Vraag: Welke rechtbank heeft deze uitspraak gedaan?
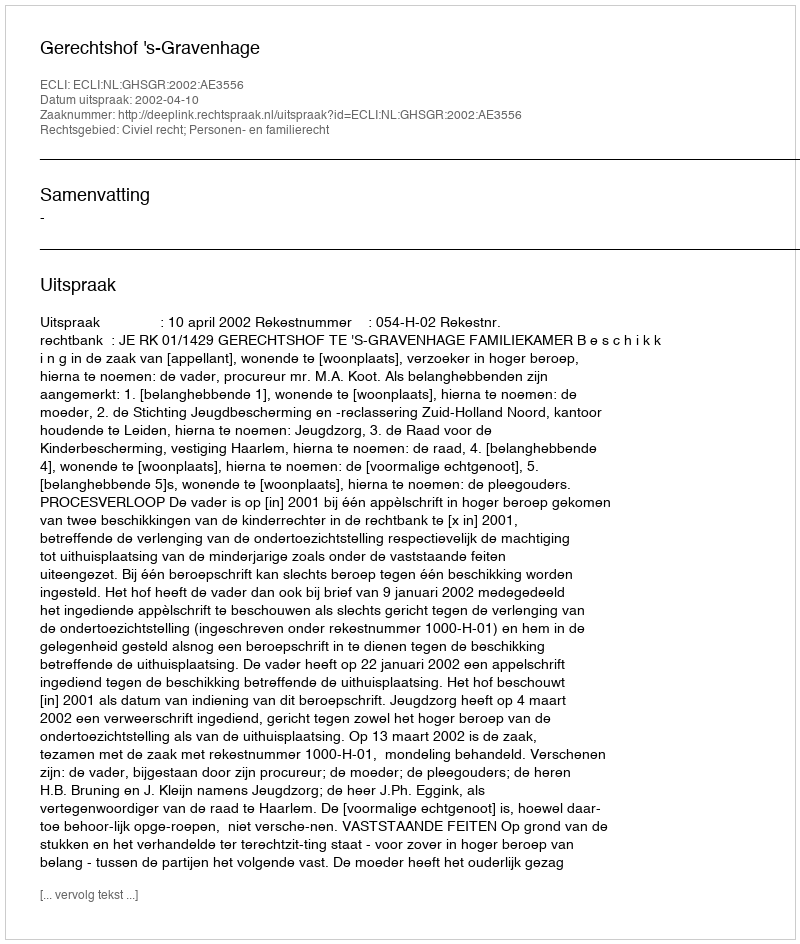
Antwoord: Gerechtshof 's-Gravenhage